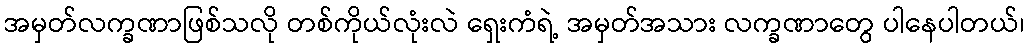
အမှတ်လက္ခဏာဖြစ်သလို တစ်ကိုယ်လုံးလဲ ရှေးကံရဲ့ အမှတ်အသား လက္ခဏာတွေ ပါနေပါတယ်၊